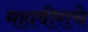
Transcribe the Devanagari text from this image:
महावीराचे